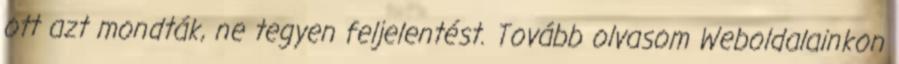
ott azt mondták, ne tegyen feljelentést. Tovább olvasom Weboldalainkon